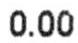
0.00